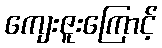
ကျေးဇူးကြောင့်